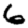
Digit: 6